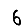
Digit: 6